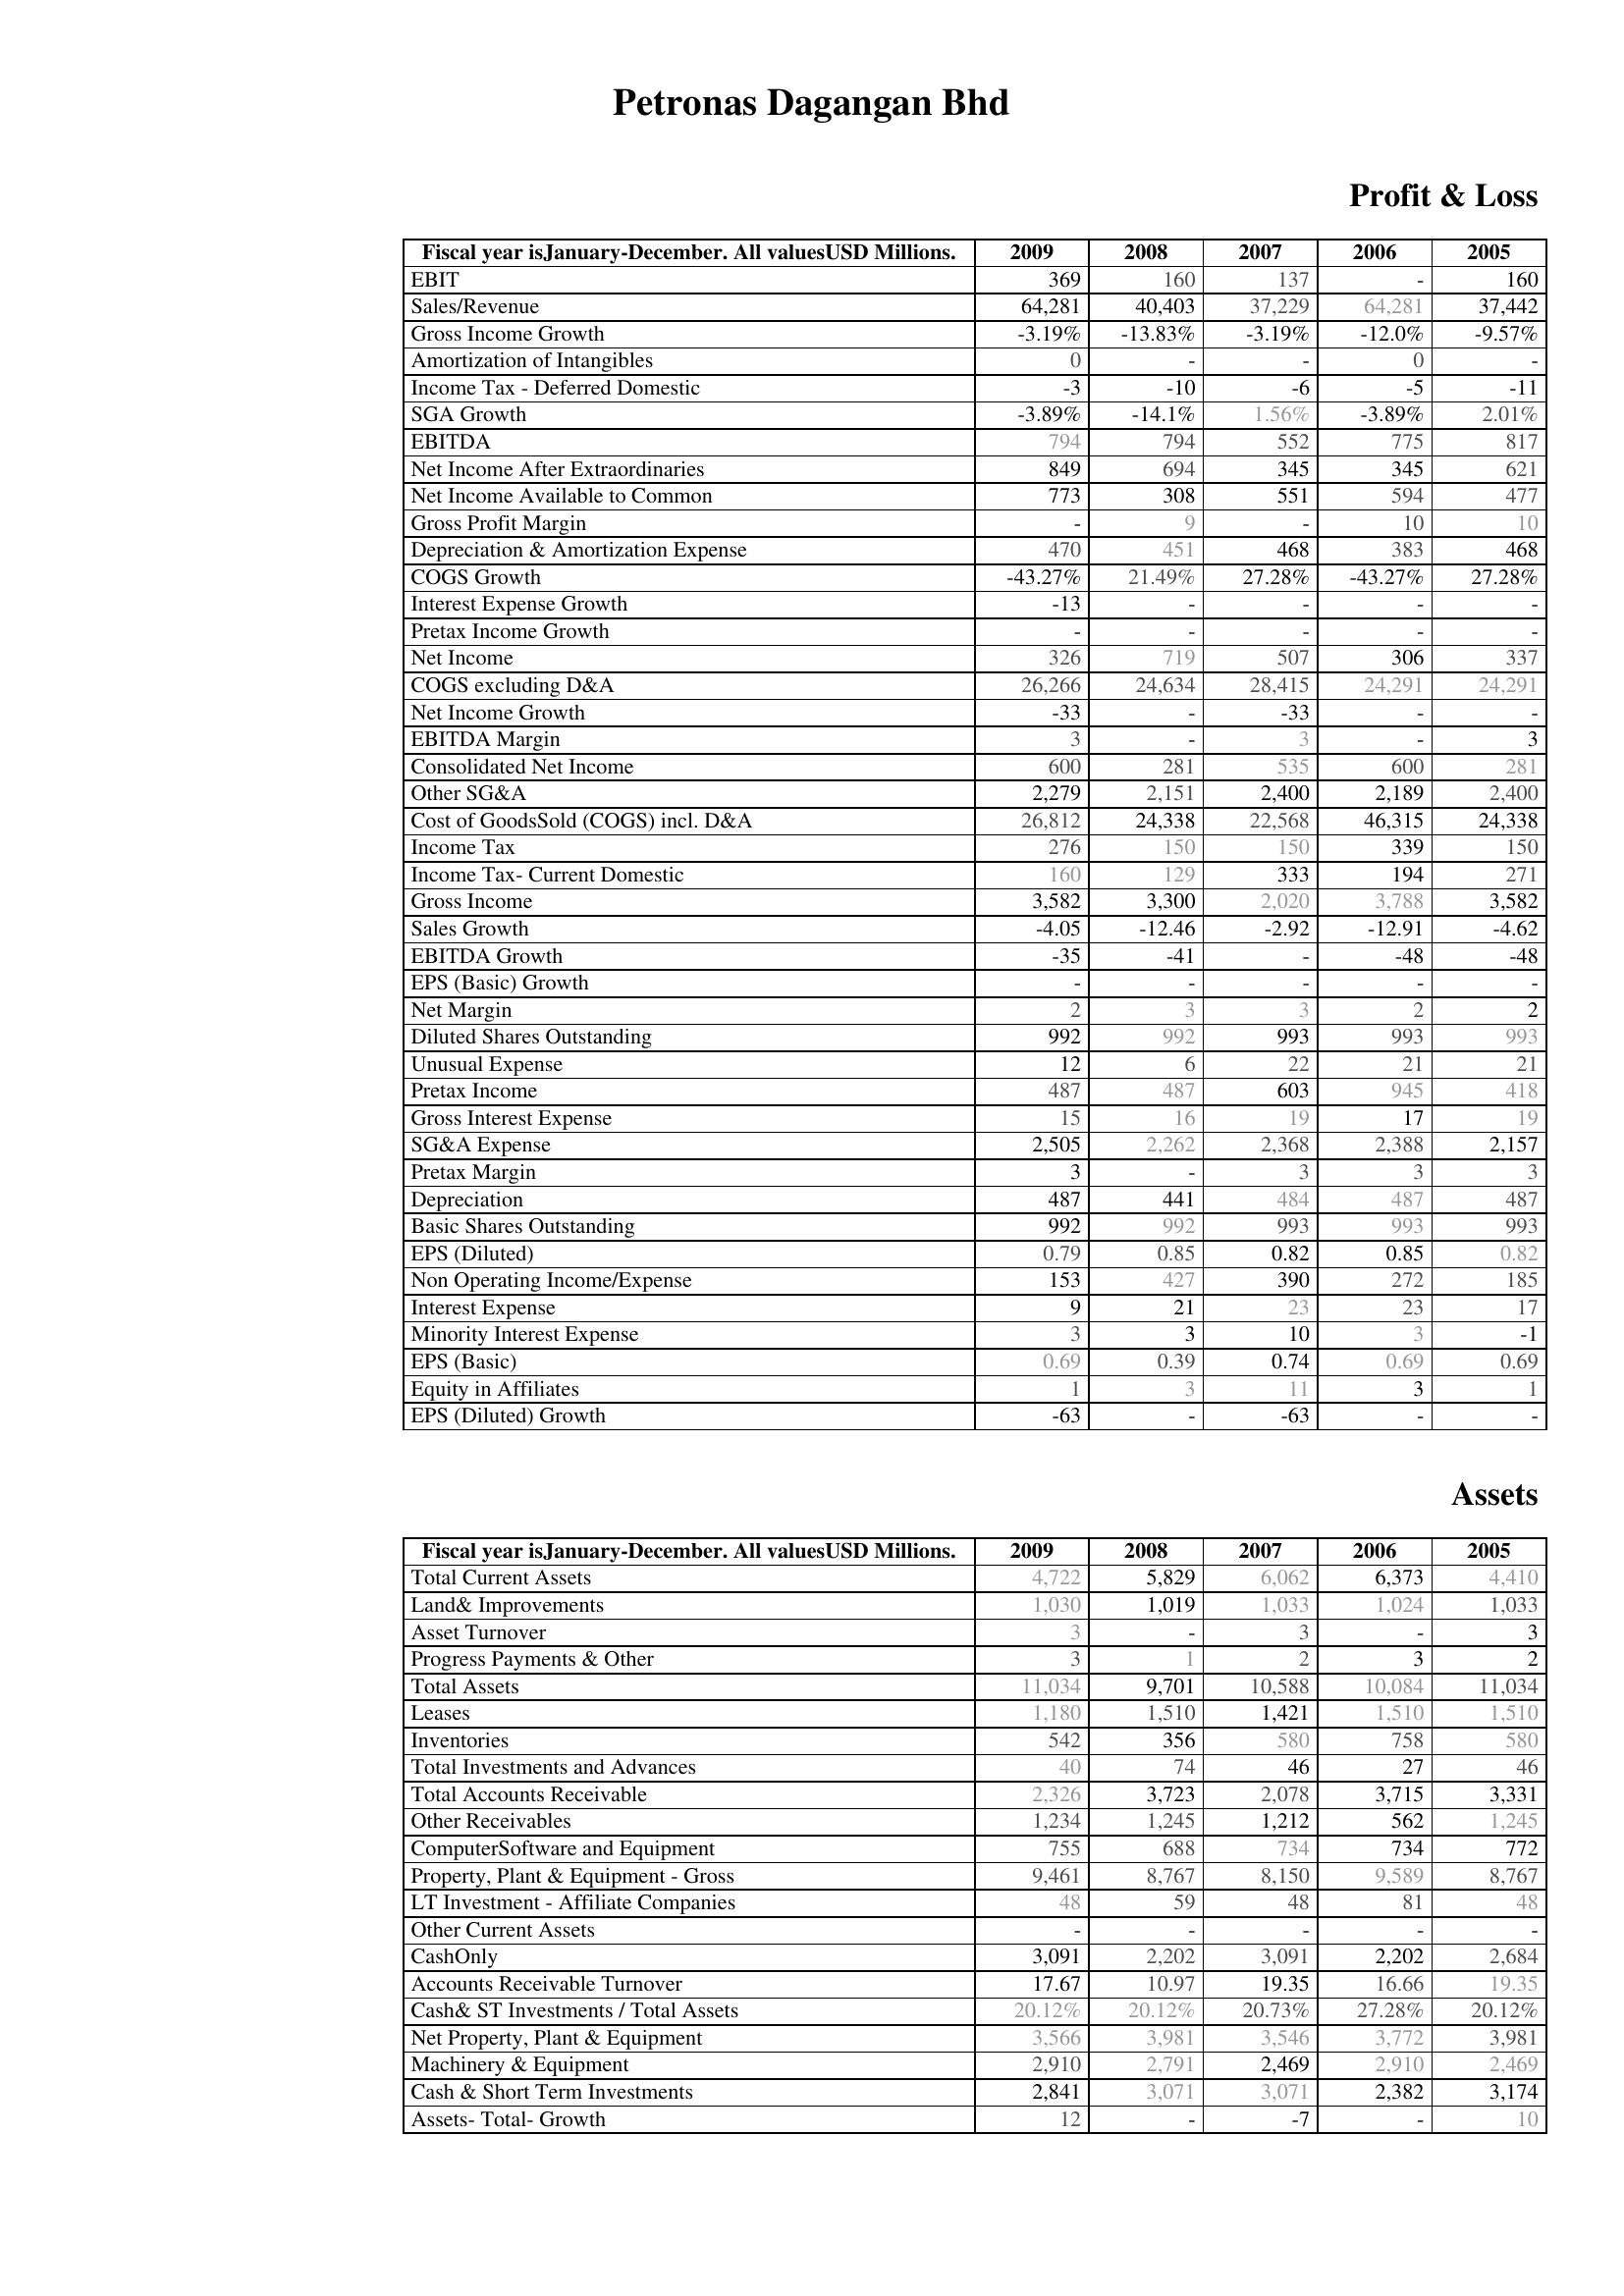
2009: Profit & Loss: EBIT: 369
Sales/Revenue: 64,281
Gross Income Growth: -3.19%
Amortization of Intangibles: 0
Income Tax - Deferred Domestic: -3
SGA Growth: -3.89%
EBITDA: 794
Net Income After Extraordinaries: 849
Net Income Available to Common: 773
Gross Profit Margin: -
Depreciation & Amortization Expense: 470
COGS Growth: -43.27%
Interest Expense Growth: -13
Pretax Income Growth: -
Net Income: 326
COGS excluding D&A: 26,266
Net Income Growth: -33
EBITDA Margin: 3
Consolidated Net Income: 600
Other SG&A: 2,279
Cost of GoodsSold (COGS) incl. D&A: 26,812
Income Tax: 276
Income Tax- Current Domestic: 160
Gross Income: 3,582
Sales Growth: -4.05
EBITDA Growth: -35
EPS (Basic) Growth: -
Net Margin: 2
Diluted Shares Outstanding: 992
Unusual Expense: 12
Pretax Income: 487
Gross Interest Expense: 15
SG&A Expense: 2,505
Pretax Margin: 3
Depreciation: 487
Basic Shares Outstanding: 992
EPS (Diluted): 0.79
Non Operating Income/Expense: 153
Interest Expense: 9
Minority Interest Expense: 3
EPS (Basic): 0.69
Equity in Affiliates: 1
EPS (Diluted) Growth: -63
Assets: Total Current Assets: 4,722
Land& Improvements: 1,030
Asset Turnover: 3
Progress Payments & Other: 3
Total Assets: 11,034
Leases: 1,180
Inventories: 542
Total Investments and Advances: 40
Total Accounts Receivable: 2,326
Other Receivables: 1,234
ComputerSoftware and Equipment: 755
Property, Plant & Equipment - Gross : 9,461
LT Investment - Affiliate Companies: 48
Other Current Assets: -
CashOnly: 3,091
Accounts Receivable Turnover: 17.67
Cash& ST Investments / Total Assets: 20.12%
Net Property, Plant & Equipment: 3,566
Machinery & Equipment: 2,910
Cash & Short Term Investments: 2,841
Assets- Total- Growth: 12
2008: Profit & Loss: EBIT: 160
Sales/Revenue: 40,403
Gross Income Growth: -13.83%
Amortization of Intangibles: -
Income Tax - Deferred Domestic: -10
SGA Growth: -14.1%
EBITDA: 794
Net Income After Extraordinaries: 694
Net Income Available to Common: 308
Gross Profit Margin: 9
Depreciation & Amortization Expense: 451
COGS Growth: 21.49%
Interest Expense Growth: -
Pretax Income Growth: -
Net Income: 719
COGS excluding D&A: 24,634
Net Income Growth: -
EBITDA Margin: -
Consolidated Net Income: 281
Other SG&A: 2,151
Cost of GoodsSold (COGS) incl. D&A: 24,338
Income Tax: 150
Income Tax- Current Domestic: 129
Gross Income: 3,300
Sales Growth: -12.46
EBITDA Growth: -41
EPS (Basic) Growth: -
Net Margin: 3
Diluted Shares Outstanding: 992
Unusual Expense: 6
Pretax Income: 487
Gross Interest Expense: 16
SG&A Expense: 2,262
Pretax Margin: -
Depreciation: 441
Basic Shares Outstanding: 992
EPS (Diluted): 0.85
Non Operating Income/Expense: 427
Interest Expense: 21
Minority Interest Expense: 3
EPS (Basic): 0.39
Equity in Affiliates: 3
EPS (Diluted) Growth: -
Assets: Total Current Assets: 5,829
Land& Improvements: 1,019
Asset Turnover: -
Progress Payments & Other: 1
Total Assets: 9,701
Leases: 1,510
Inventories: 356
Total Investments and Advances: 74
Total Accounts Receivable: 3,723
Other Receivables: 1,245
ComputerSoftware and Equipment: 688
Property, Plant & Equipment - Gross : 8,767
LT Investment - Affiliate Companies: 59
Other Current Assets: -
CashOnly: 2,202
Accounts Receivable Turnover: 10.97
Cash& ST Investments / Total Assets: 20.12%
Net Property, Plant & Equipment: 3,981
Machinery & Equipment: 2,791
Cash & Short Term Investments: 3,071
Assets- Total- Growth: -
2007: Profit & Loss: EBIT: 137
Sales/Revenue: 37,229
Gross Income Growth: -3.19%
Amortization of Intangibles: -
Income Tax - Deferred Domestic: -6
SGA Growth: 1.56%
EBITDA: 552
Net Income After Extraordinaries: 345
Net Income Available to Common: 551
Gross Profit Margin: -
Depreciation & Amortization Expense: 468
COGS Growth: 27.28%
Interest Expense Growth: -
Pretax Income Growth: -
Net Income: 507
COGS excluding D&A: 28,415
Net Income Growth: -33
EBITDA Margin: 3
Consolidated Net Income: 535
Other SG&A: 2,400
Cost of GoodsSold (COGS) incl. D&A: 22,568
Income Tax: 150
Income Tax- Current Domestic: 333
Gross Income: 2,020
Sales Growth: -2.92
EBITDA Growth: -
EPS (Basic) Growth: -
Net Margin: 3
Diluted Shares Outstanding: 993
Unusual Expense: 22
Pretax Income: 603
Gross Interest Expense: 19
SG&A Expense: 2,368
Pretax Margin: 3
Depreciation: 484
Basic Shares Outstanding: 993
EPS (Diluted): 0.82
Non Operating Income/Expense: 390
Interest Expense: 23
Minority Interest Expense: 10
EPS (Basic): 0.74
Equity in Affiliates: 11
EPS (Diluted) Growth: -63
Assets: Total Current Assets: 6,062
Land& Improvements: 1,033
Asset Turnover: 3
Progress Payments & Other: 2
Total Assets: 10,588
Leases: 1,421
Inventories: 580
Total Investments and Advances: 46
Total Accounts Receivable: 2,078
Other Receivables: 1,212
ComputerSoftware and Equipment: 734
Property, Plant & Equipment - Gross : 8,150
LT Investment - Affiliate Companies: 48
Other Current Assets: -
CashOnly: 3,091
Accounts Receivable Turnover: 19.35
Cash& ST Investments / Total Assets: 20.73%
Net Property, Plant & Equipment: 3,546
Machinery & Equipment: 2,469
Cash & Short Term Investments: 3,071
Assets- Total- Growth: -7
2006: Profit & Loss: EBIT: -
Sales/Revenue: 64,281
Gross Income Growth: -12.0%
Amortization of Intangibles: 0
Income Tax - Deferred Domestic: -5
SGA Growth: -3.89%
EBITDA: 775
Net Income After Extraordinaries: 345
Net Income Available to Common: 594
Gross Profit Margin: 10
Depreciation & Amortization Expense: 383
COGS Growth: -43.27%
Interest Expense Growth: -
Pretax Income Growth: -
Net Income: 306
COGS excluding D&A: 24,291
Net Income Growth: -
EBITDA Margin: -
Consolidated Net Income: 600
Other SG&A: 2,189
Cost of GoodsSold (COGS) incl. D&A: 46,315
Income Tax: 339
Income Tax- Current Domestic: 194
Gross Income: 3,788
Sales Growth: -12.91
EBITDA Growth: -48
EPS (Basic) Growth: -
Net Margin: 2
Diluted Shares Outstanding: 993
Unusual Expense: 21
Pretax Income: 945
Gross Interest Expense: 17
SG&A Expense: 2,388
Pretax Margin: 3
Depreciation: 487
Basic Shares Outstanding: 993
EPS (Diluted): 0.85
Non Operating Income/Expense: 272
Interest Expense: 23
Minority Interest Expense: 3
EPS (Basic): 0.69
Equity in Affiliates: 3
EPS (Diluted) Growth: -
Assets: Total Current Assets: 6,373
Land& Improvements: 1,024
Asset Turnover: -
Progress Payments & Other: 3
Total Assets: 10,084
Leases: 1,510
Inventories: 758
Total Investments and Advances: 27
Total Accounts Receivable: 3,715
Other Receivables: 562
ComputerSoftware and Equipment: 734
Property, Plant & Equipment - Gross : 9,589
LT Investment - Affiliate Companies: 81
Other Current Assets: -
CashOnly: 2,202
Accounts Receivable Turnover: 16.66
Cash& ST Investments / Total Assets: 27.28%
Net Property, Plant & Equipment: 3,772
Machinery & Equipment: 2,910
Cash & Short Term Investments: 2,382
Assets- Total- Growth: -
2005: Profit & Loss: EBIT: 160
Sales/Revenue: 37,442
Gross Income Growth: -9.57%
Amortization of Intangibles: -
Income Tax - Deferred Domestic: -11
SGA Growth: 2.01%
EBITDA: 817
Net Income After Extraordinaries: 621
Net Income Available to Common: 477
Gross Profit Margin: 10
Depreciation & Amortization Expense: 468
COGS Growth: 27.28%
Interest Expense Growth: -
Pretax Income Growth: -
Net Income: 337
COGS excluding D&A: 24,291
Net Income Growth: -
EBITDA Margin: 3
Consolidated Net Income: 281
Other SG&A: 2,400
Cost of GoodsSold (COGS) incl. D&A: 24,338
Income Tax: 150
Income Tax- Current Domestic: 271
Gross Income: 3,582
Sales Growth: -4.62
EBITDA Growth: -48
EPS (Basic) Growth: -
Net Margin: 2
Diluted Shares Outstanding: 993
Unusual Expense: 21
Pretax Income: 418
Gross Interest Expense: 19
SG&A Expense: 2,157
Pretax Margin: 3
Depreciation: 487
Basic Shares Outstanding: 993
EPS (Diluted): 0.82
Non Operating Income/Expense: 185
Interest Expense: 17
Minority Interest Expense: -1
EPS (Basic): 0.69
Equity in Affiliates: 1
EPS (Diluted) Growth: -
Assets: Total Current Assets: 4,410
Land& Improvements: 1,033
Asset Turnover: 3
Progress Payments & Other: 2
Total Assets: 11,034
Leases: 1,510
Inventories: 580
Total Investments and Advances: 46
Total Accounts Receivable: 3,331
Other Receivables: 1,245
ComputerSoftware and Equipment: 772
Property, Plant & Equipment - Gross : 8,767
LT Investment - Affiliate Companies: 48
Other Current Assets: -
CashOnly: 2,684
Accounts Receivable Turnover: 19.35
Cash& ST Investments / Total Assets: 20.12%
Net Property, Plant & Equipment: 3,981
Machinery & Equipment: 2,469
Cash & Short Term Investments: 3,174
Assets- Total- Growth: 10